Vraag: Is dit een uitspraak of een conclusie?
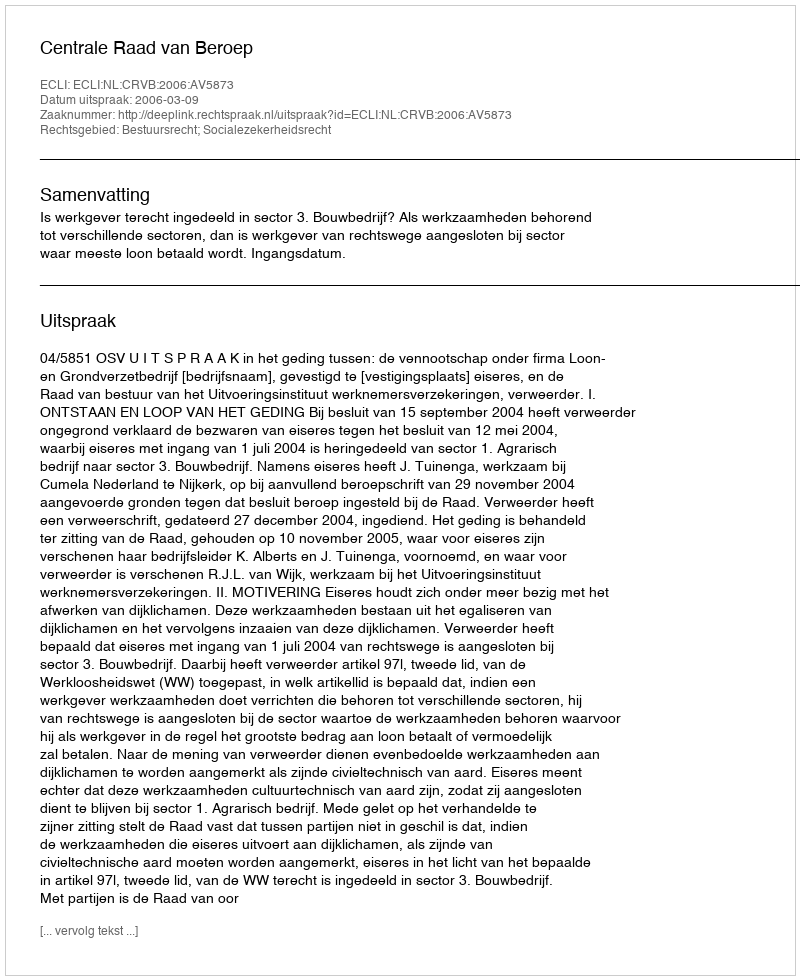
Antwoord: Uitspraak